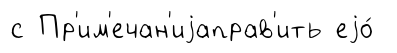
с Пр'им'ечан'иjаправ'ить еjо́